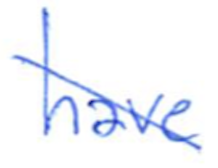
Text: have
Cross-out: diagonal
Writing tool: ballpoint